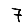
Digit: 7